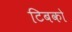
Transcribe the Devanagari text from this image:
टिबको